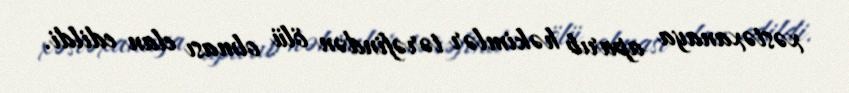
xəstəxanaya aparıb həkimlər tərəfindən ölü olması elan edildi.